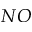
N O